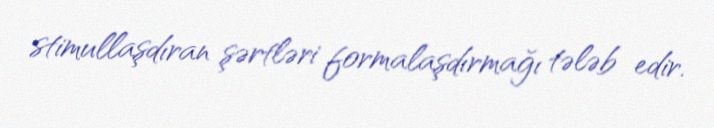
stimullaşdıran şərtləri formalaşdırmağı tələb edir.